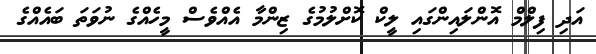
އަދި ފިލްމް އޮންލައިންގައި ލީކް ކޮށްލުމުގެ ޒިންމާ އެއްވެސް މީހެއްގެ ނުވަތަ ބައެއްގެ